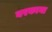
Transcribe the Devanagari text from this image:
वरकाना